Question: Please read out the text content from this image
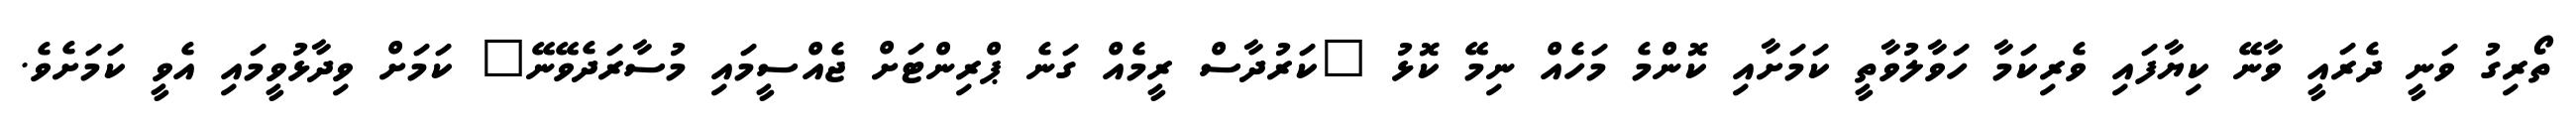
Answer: ތޯރިގު ވަނީ ދެރައީ ވާނޭ ކިޔާފައި ވެރިކަމާ ހަވާލުވާތީ ކަމަށާއި ކޮންމެ މަހެއް ނިމޭ ކޮޅު "ކަރުދާސް ރީމެއް ގަނެ ޕްރިންޓަށް ޖެއްސީމައި މުސާރަދެވޭނޭ" ކަމަށް ވިދާޅުވީމައި އެވީ ކަމަށެވެ.